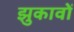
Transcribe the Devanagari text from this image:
झुकावों